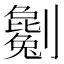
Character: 劖